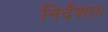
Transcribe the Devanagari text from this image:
निर्देशतः